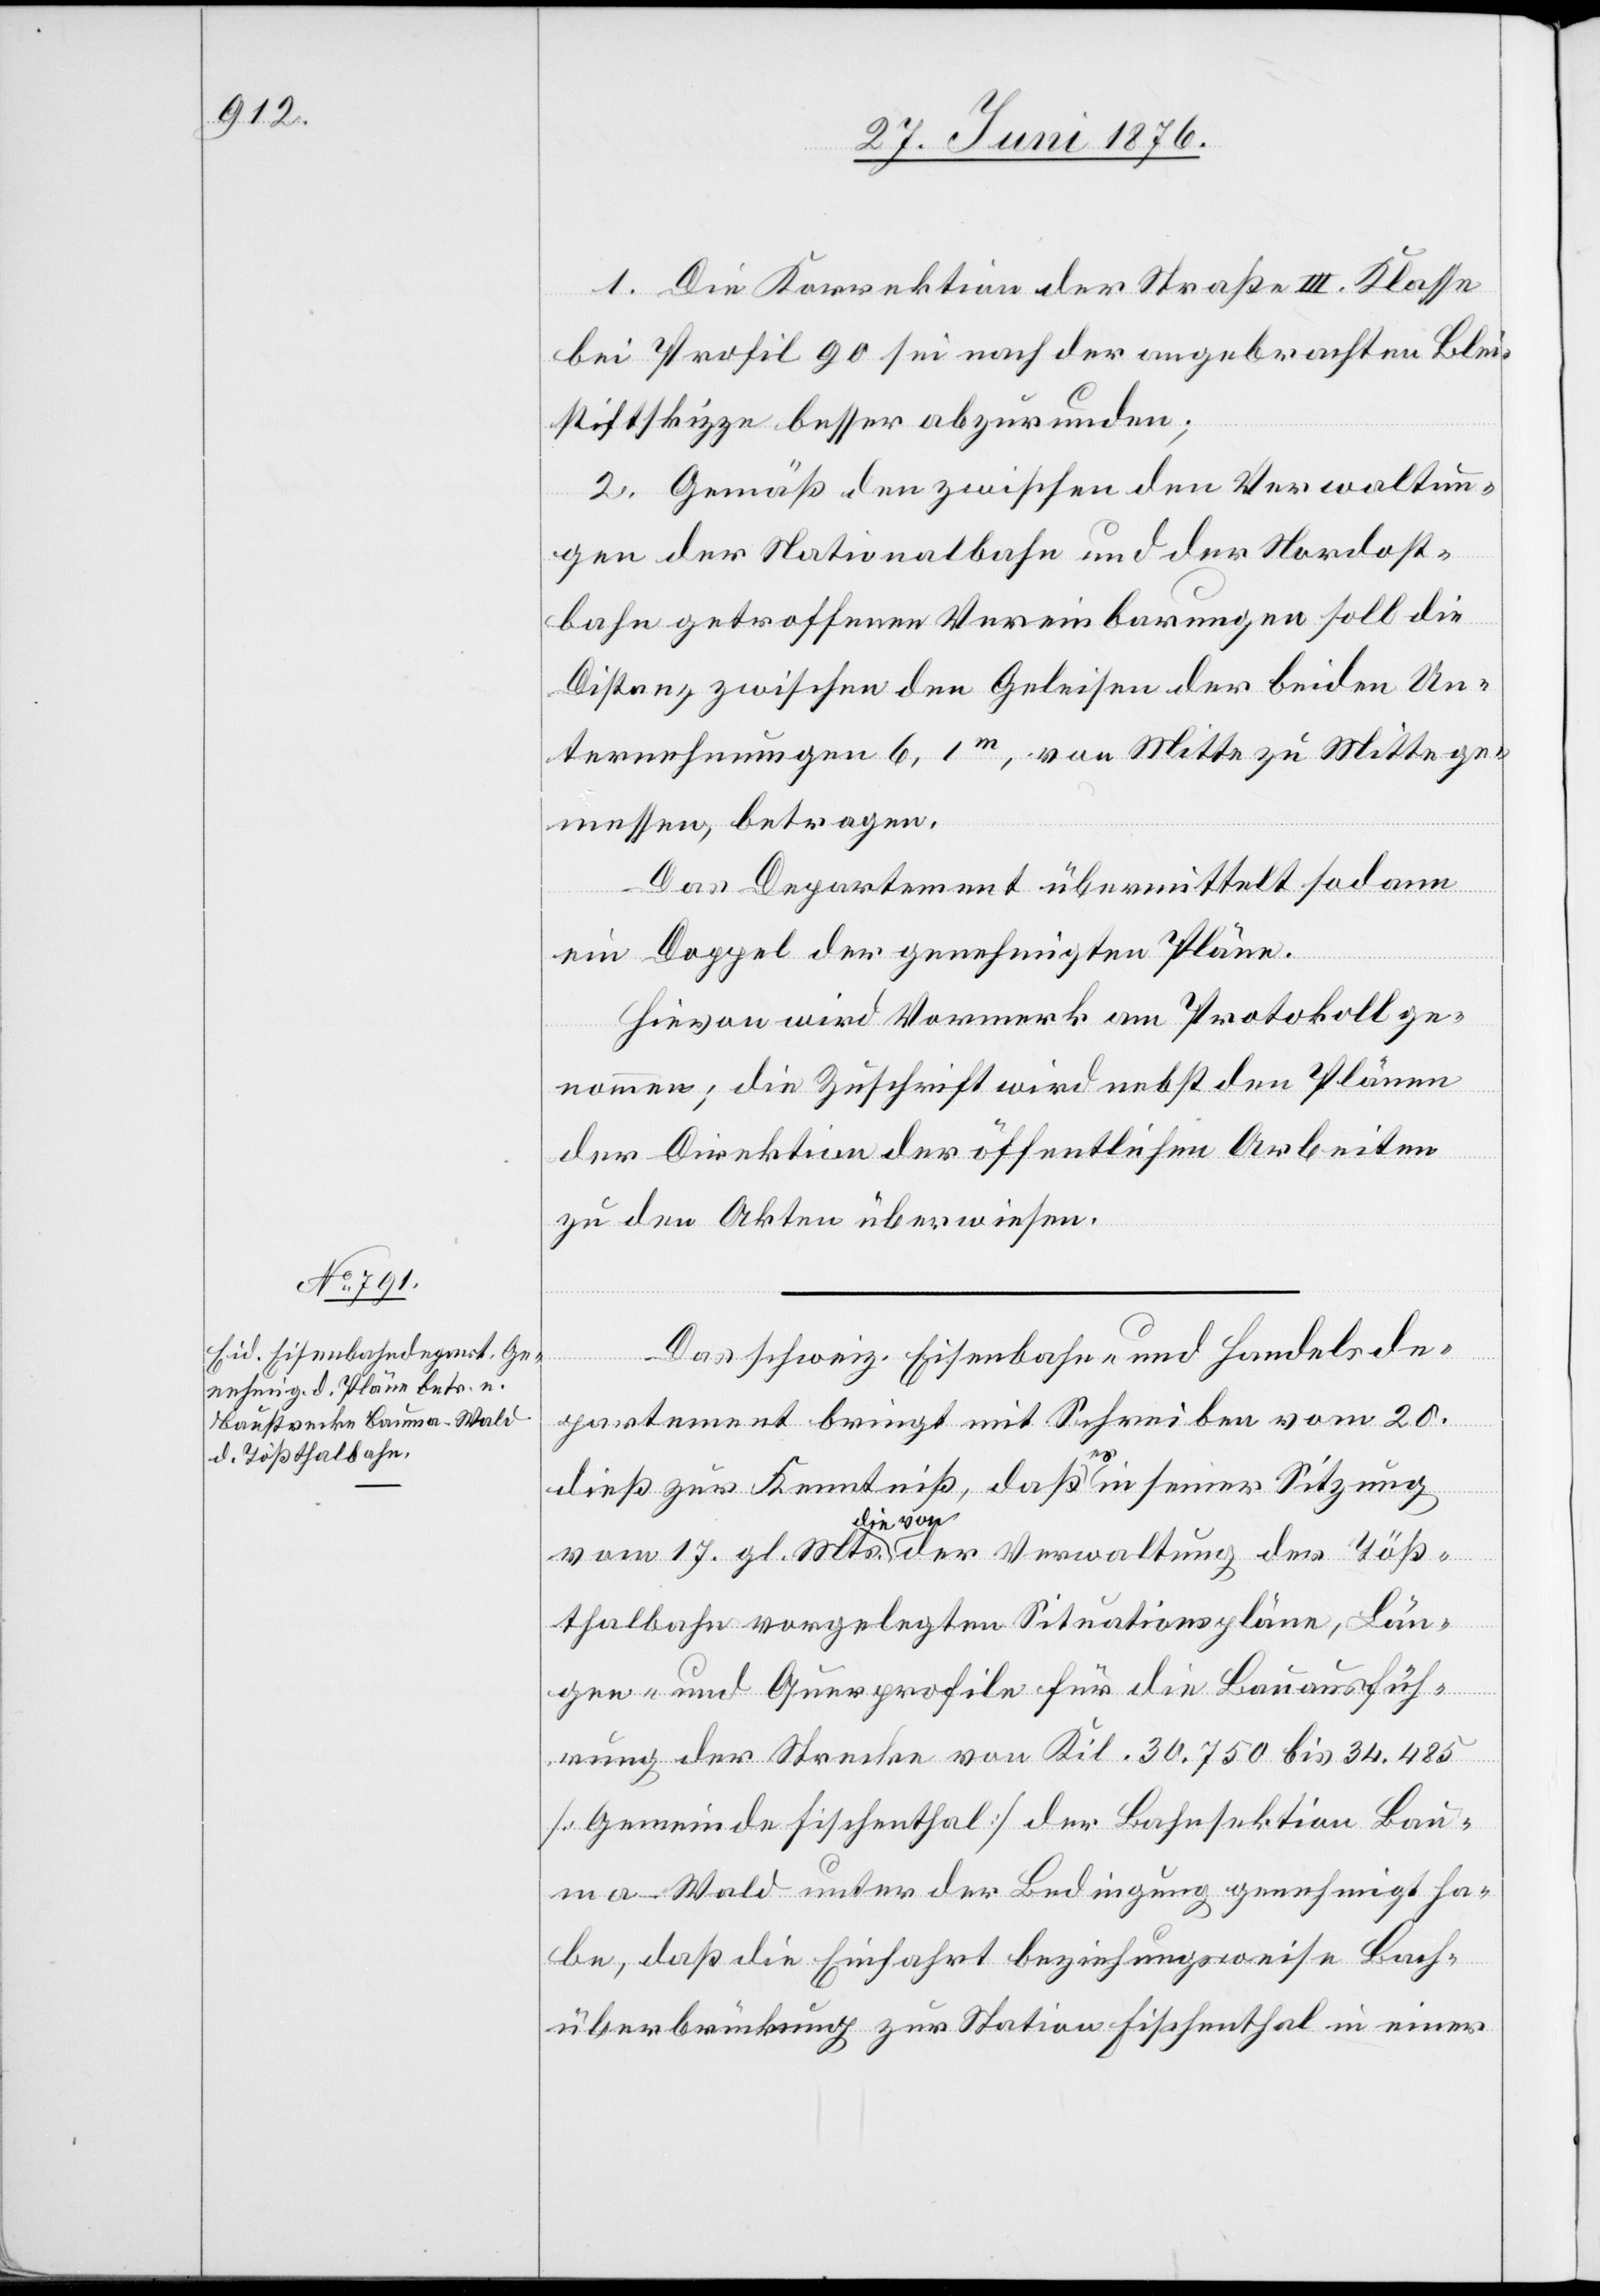
1. Die Korrektion der Straße III. Klasse
bei Profil 90 sei nach der angebrachten Blei¬
stiftskizze besser abzurunden;
2. Gemäß den zwischen den Verwaltun¬
gen der Nationalbahn und der Nordost¬
bahn getroffenen Vereinbarungen soll die
Distanz zwischen den Geleisen der beiden Un¬
ternehmungen 6,1m, von Mitte zu Mitte ge¬
messen, betragen.
Das Departement übermittelt sodann
ein Doppel der genehmigten Pläne.
Hievon wird Vormerk am Protokoll ge¬
nommen; die Zuschrift wird nebst den Plänen
der Direktion der öffentlichen Arbeiten
zu den Akten überwiesen.
Töß¬
Das schweiz. Eisenbahn- und Handelsde¬
partement bringt mit Schreiben vom 20.
der
dieß zur Kenntniß, daß a-es-a in seiner Sitzung
thalbahn vorgelegten Situationspläne, Län¬
gen- und Querprofile für die Bauausfüh¬
rung der Strecke von Kil. 30,750 bis 34,485
[Gemeinde Fischenthal] der Bahnsektion Bau¬
ma–Wald unter der Bedingung genehmigt ha¬
be, das die Einfahrt beziehungsweise Bach¬
überbrückung zur Station Fischenthal in einer